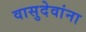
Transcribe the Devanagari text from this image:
वासुदेवांना